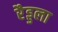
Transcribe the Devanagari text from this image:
रैड्डला